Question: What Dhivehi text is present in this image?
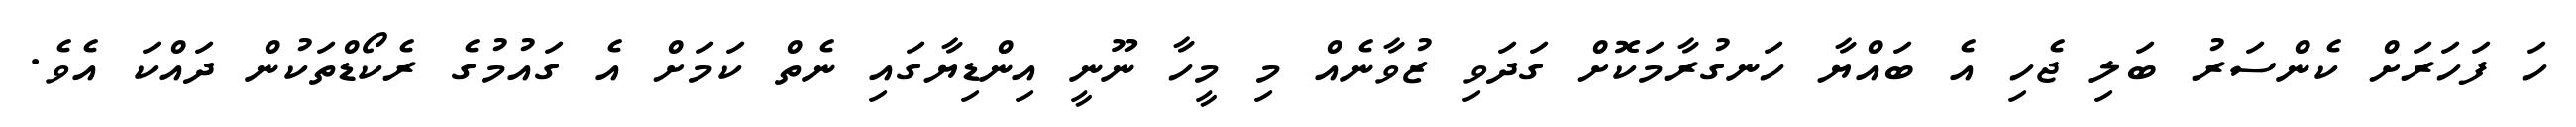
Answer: ހަ ފަހަރަށް ކެންސަރު ބަލި ޖެހި އެ ބައްޔާ ހަނގުރާމަކޮށް ގަދަވި ޒުވާނެއް މި މީހާ ނޫނީ އިންޑިޔާގައި ނެތް ކަމަށް އެ ގައުމުގެ ރެކޯޑްތަކުން ދައްކަ އެވެ.